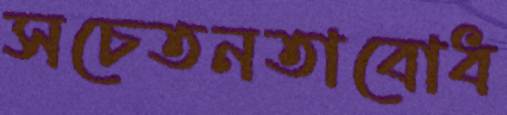
সচেতনতাবোধ